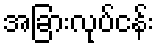
အခြားလုပ်ငန်း